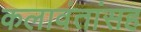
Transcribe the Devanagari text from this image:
कलावंतांसह